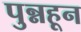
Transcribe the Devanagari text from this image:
पुन्नहून